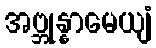
အဗ္ဘုန္နာမေယျံ